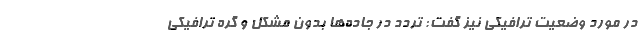
در مورد وضعیت ترافیکی نیز گفت: تردد در جاده‌ها بدون مشکل و گره ترافیکی